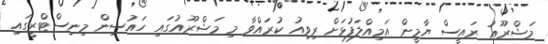
މަޝްރޫޢު ރައީސް ޔާމީން އަމިއްލަފުޅަށް ރިވިއު ކުރައްވާ މި މަޝްރޫއުގައި ހައުސިން މިނިސްޓްރީގައި